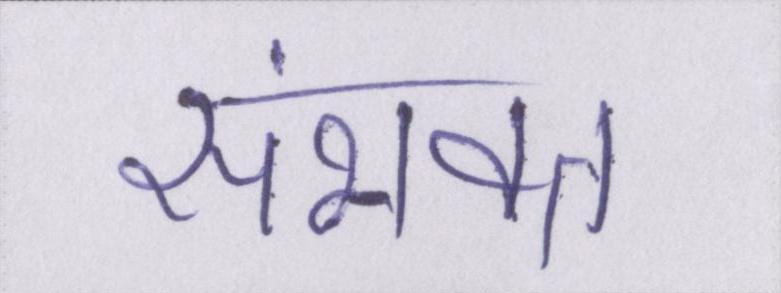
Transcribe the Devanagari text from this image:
संभवत